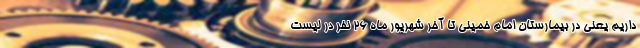
داریم یعنی در بیمارستان امام خمینی تا آخر شهریور ماه ۲۶ نفر در لیست